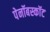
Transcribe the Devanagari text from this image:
पेनॉबस्कॉट